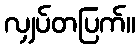
လျှပ်တပြက်။